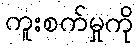
ကူးစက်မှုကို